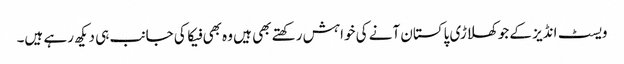
ویسٹ انڈیز کے جو کھلاڑی پاکستان آنے کی خواہش رکھتے بھی ہیں وہ بھی فیکا کی جانب ہی دیکھ رہے ہیں۔